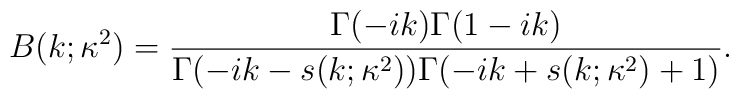
B(k;\kappa^2)=\frac{\Gamma(-ik)\Gamma(1-ik)}{\Gamma(-ik-s(k;\kappa^2))\Gamma(-ik+s(k;\kappa^2)+1)}.